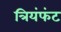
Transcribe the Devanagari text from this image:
त्रियंफंट